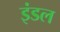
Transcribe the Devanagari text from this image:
इंडल